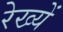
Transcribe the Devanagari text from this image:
रेख्यें